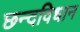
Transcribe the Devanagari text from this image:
छन्दविधान